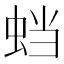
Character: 𬠅